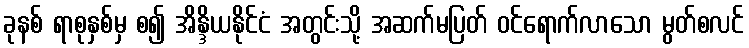
ခုနစ် ရာစုနှစ်မှ စ၍ အိန္ဒိယနိုင်ငံ အတွင်းသို့ အဆက်မပြတ် ဝင်ရောက်လာသော မွတ်စလင်